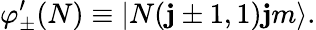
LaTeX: \varphi_{\pm}^{\prime}(N)\equiv\left|N(\mathbf{j}\pm1,1)\mathbf{j}m\right\rangle.